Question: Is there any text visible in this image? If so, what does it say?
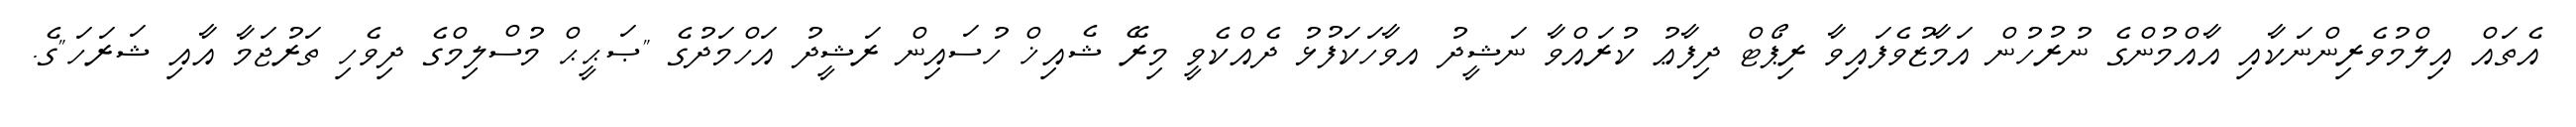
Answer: އެތައް އިލްމުވެރިންނަކާއި އާއްމުންގެ ނުރުހުން އަމާޒުވެފައިވާ ރިޕޯޓް ދިފާޢު ކުރައްވާ ނަޝީދު އވާހަކަފުޅު ދެއްކެވީ މިރޭ ޝެއިޚް ހުސައިން ރަޝީދު އަހްމަދުގެ "ޞަޙީޙް މުސްލިމްގެ ދިވެހި ތަރުޖަމާ އާއި ޝަރަހަ"ގެ.